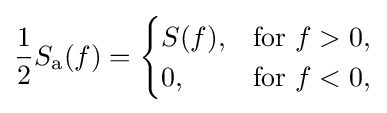
{\frac {1}{2}}S_{\mathrm {a} }(f)={\begin{cases}S(f),&{\text{for}}\ f>0,\\0,&{\text{for}}\ f<0,\end{cases}}